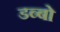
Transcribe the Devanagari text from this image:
डब्बो